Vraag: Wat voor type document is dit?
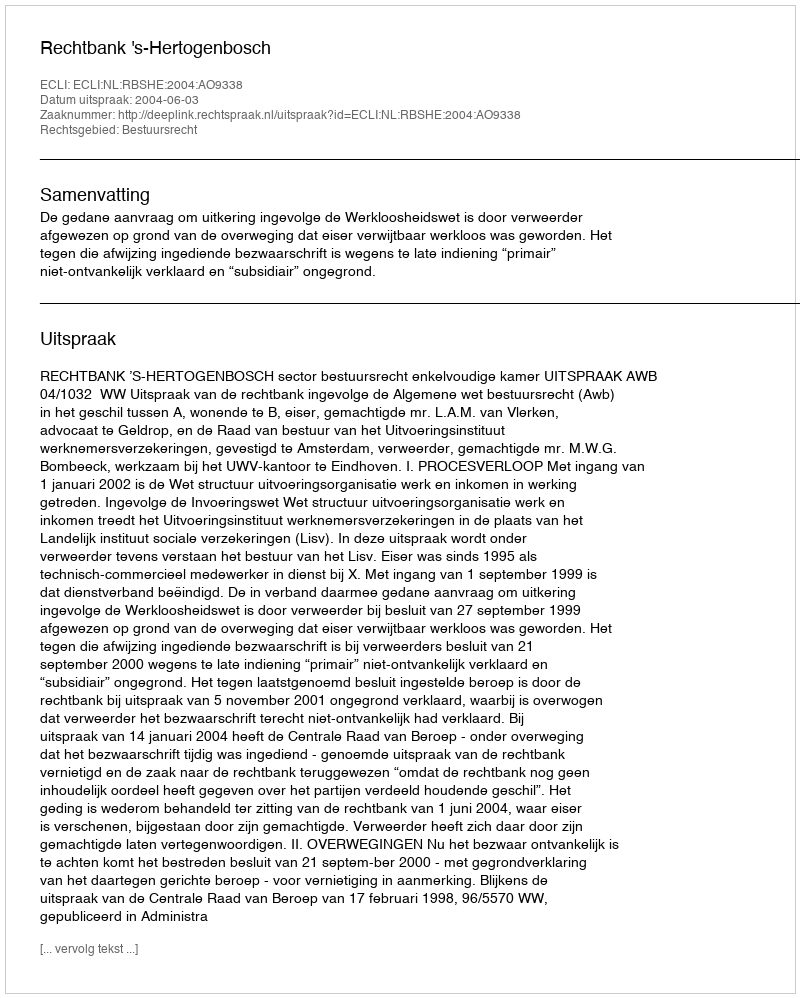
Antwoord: Uitspraak